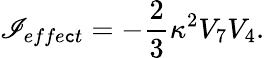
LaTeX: \mathscr{I}_{effe\mathtt{c}t}=-\frac{{2}}{{3}}\kappa^{2}V_{7}V_{4}.